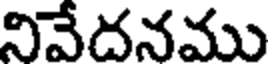
నివేదనము